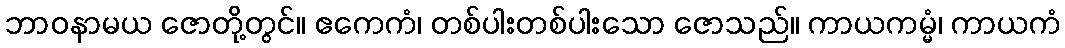
ဘာဝနာမယ ဇောတို့တွင်။ ဧကေကံ၊ တစ်ပါးတစ်ပါးသော ဇောသည်။ ကာယကမ္မံ၊ ကာယကံ